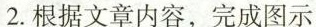
2.根据文章内容，完成图示。